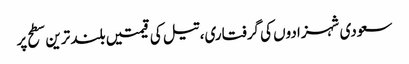
سعودی شہزادوں کی گرفتاری، تیل کی قیمتیں بلند ترین سطح پر